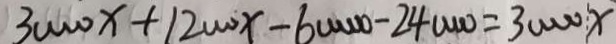
3 0 0 0 0 x + 1 2 0 0 0 x - 6 0 0 0 0 0 - 2 4 0 0 0 0 = 3 0 0 0 0 x